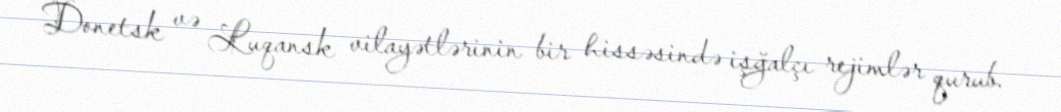
Donetsk və Luqansk vilayətlərinin bir hissəsində işğalçı rejimlər qurub.